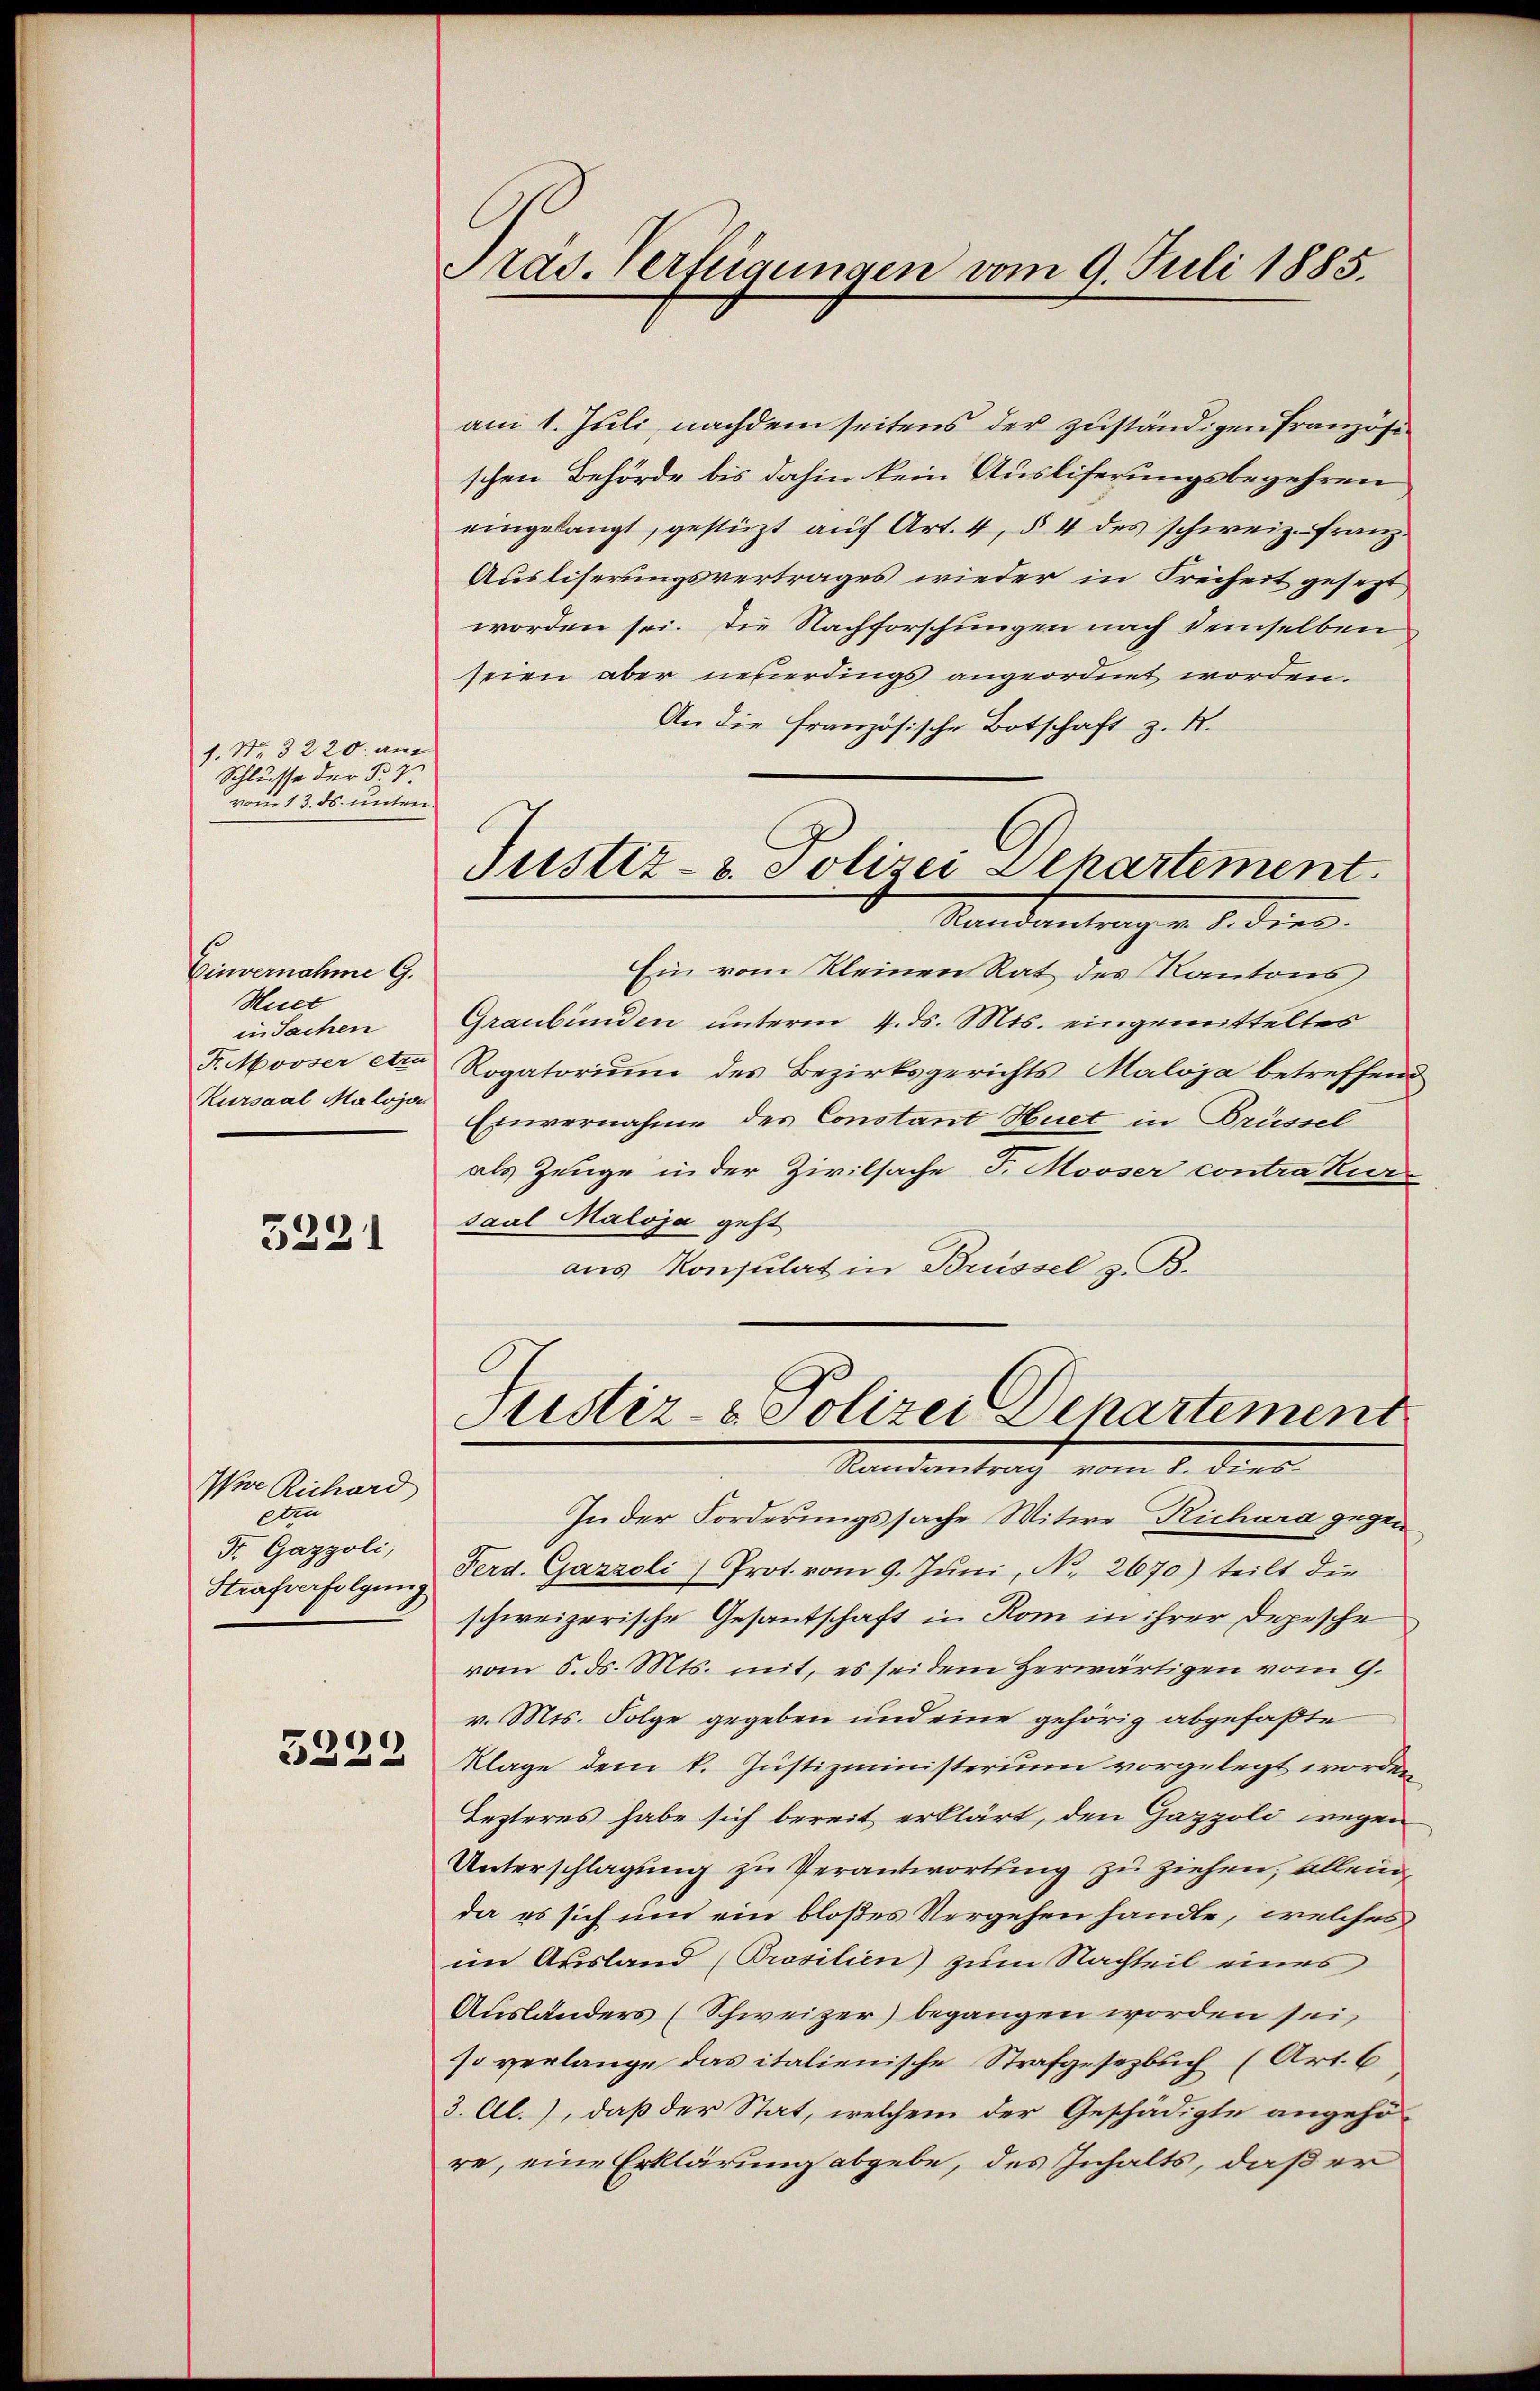
1. No. 3220. am
Schlusse der B
vom 13. ds. unten

Einvernahme G.
Huet
in Sachen
Fr. Mooser Atzu
Kursaal Maloja

5221

Pere Richard
etz
St. Gazzoli,
Strafverfolgung

3222

Präs. Verfügungen vom 9. Juli 1885.

am 1. Juli, nachdem seitens der zuständigen Französi
schen Behörde bis dahin kein Ausliferungsbegehren
eingelangt, gestüzt auf Art. 4, § 4 des schweiz. Franz
Ausliserungsvertrages wieder in Freiheit gesezt
worden sei. Die Nachforschungen nach demselben
seien aber neuerdings angeordnet worden.
An die französische Botschaft z. K.
Ein vom Kleinen Rat des Kantons
Graubünden unterm 4. ds. Mts. eingemitteltes
Rogatorium des Bezirksgerichts Maloja betreffend
Einvernahme des Constant Huet in Brüssel
als Zeuge in der Zivilsache J. Mooser contrakur
saul Maloja geht
ans Konsulat in Brüssel z. B.
Justiz- & Polizei Departement
Mandametrach vom 1. dies
In der Forderungssache Witwe Richara gegen
Ferd. Gazzoli) Prot. vom 9. Jŭni, No. 2670) teilt die
schweizerische Gesantschaft in Rom in ihrer Depesche
vom 6. d. Mts. mit, es sei dem Herwärtigen vom 9.
v. Mts. Folge gegeben und eine gehörig abgefaßte
Klage dem k. Justizministerium vorgelegt worden
Lezteres habe sich bereit erklärt, den Gazpoli wegen
Unterschlagung zu Verantwortung zu ziehen, alleinda es sich um ein bloßes Vergehen handle, welches
im Ausland (Prosilien) zum Nachteil eines
Ausländers (Schweizer) begangen worden sei,
so verlange das italienische Strafgesetzbuch (Art. 6
3. Al.), daß der Stat, welchem der Geschädigte angehö-
re, eine Erklärung abgebe, des Inhalts, daß er

Justiz- & Polizei Ilhartement.
Mandantung u. d. dies